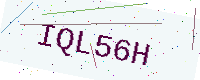
Text: IQL56H